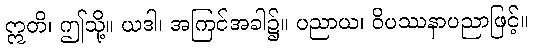
ဣတိ၊ ဤသို့။ ယဒါ၊ အကြင်အခါ၌။ ပညာယ၊ ဝိပဿနာပညာဖြင့်။